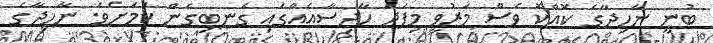
ބުނީ ނާހިދާގެ ކޮއްކޮ ވެސް މަރުވީ މިފަދަ ހާދިސާއެއްގައި ގެނބިގެން ކަމަށެވެ. ނާހިދާގެ